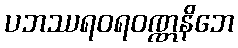
ပဘဿရဝရဝဏ္ဏနိဘေ